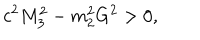
c ^ { 2 } M _ { 3 } ^ { 2 } - m _ { 2 } ^ { 2 } G ^ { 2 } > 0 ,